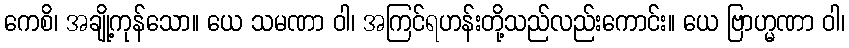
ကေစိ၊ အချို့ကုန်သော။ ယေ သမဏာ ဝါ၊ အကြင်ရဟန်းတို့သည်လည်းကောင်း။ ယေ ဗြာဟ္မဏာ ဝါ၊